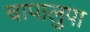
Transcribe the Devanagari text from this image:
चापालुपा